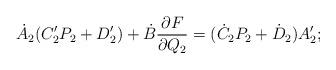
LaTeX: \begin{align*} \dot{A}_2(C_2'P_2 + D_2') + \dot{B}\frac{\partial F}{\partial Q_2} = (\dot{C}_2 P_2 +\dot{D}_2)A'_2;\end{align*}